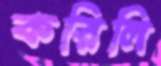
করিলি